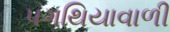
પગથિયાવાળી